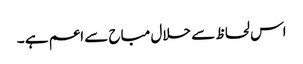
اس لحاظ سے حلال مباح سے اعم ہے ۔